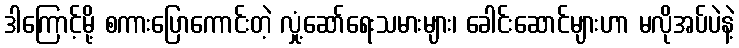
ဒါကြောင့်မို့ စကားပြောကောင်းတဲ့ လှုံ့ဆော်ရေးသမားများ၊ ခေါင်းဆောင်များဟာ မလိုအပ်ပဲနဲ့